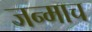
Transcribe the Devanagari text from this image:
जन्माच